Vaccination returns of the Province of Eastern Bengal and Assam - 1905-1912
Year: 1905
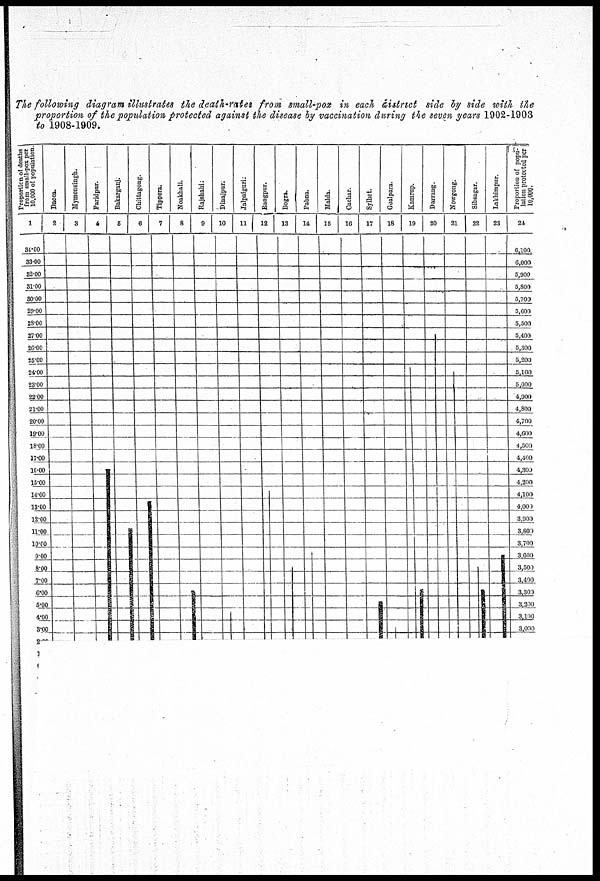
The following diagram illustrates the death-rates from small-pox in each district side by side with the
proportion of the population protected against the disease by vaccination during the seven years 1902-1903
to 1908-1909.